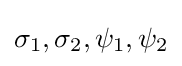
\sigma _{1},\sigma _{2},\psi _{1},\psi _{2}